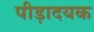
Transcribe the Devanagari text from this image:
पीड़ादयक